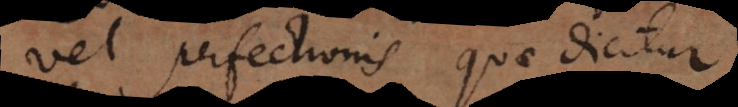
vel perfectionis quae dicitur